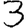
Digit: 3